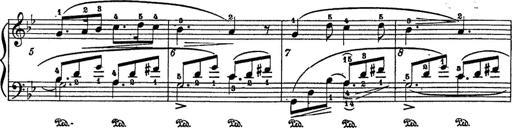
Title: 6 Polish Songs
Composer: Franz Liszt